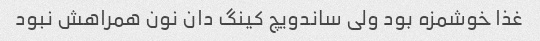
غذا خوشمزه بود ولی ساندویچ کینگ دان نون همراهش نبود